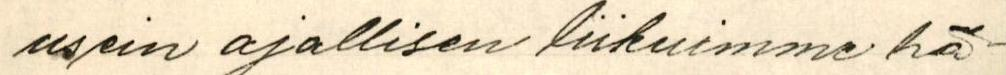
usein ajallisen liikuimme hä-